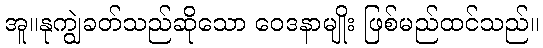
အူ။နုကျွဲခတ်သည်ဆိုသော ဝေဒနာမျိုး ဖြစ်မည်ထင်သည်။